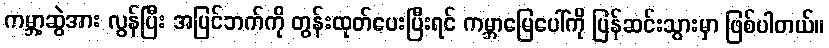
ကမ္ဘာ့ဆွဲအား လွန်ပြီး အပြင်ဘက်ကို တွန်းထုတ်ပေးပြီးရင် ကမ္ဘာမြေပေါ်ကို ပြန်ဆင်းသွားမှာ ဖြစ်ပါတယ်။